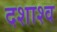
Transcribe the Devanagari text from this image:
दशाश्व